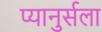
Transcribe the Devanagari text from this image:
प्यानुर्सला